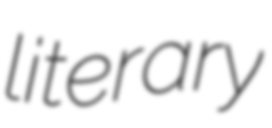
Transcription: literary